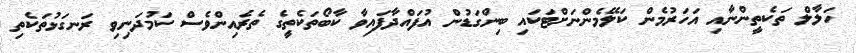
ހަލާލް ތަކެތީންނާއި އަހަރުމެން ކަލޭމެންނަށްޓަކައި ބިންގަޑުން އުފައްދާފައިވާ ކާބޯތަކެތީގެ ތެރެއިންވެސް ކަމުދަނިވި ރަނގަޅުތަކެތި